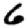
Digit: 6